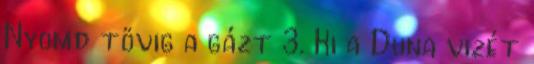
Nyomd tövig a gázt 3. Ki a Duna vizét